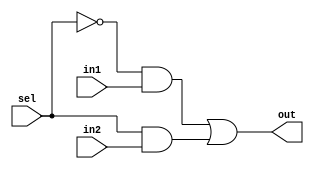
// ID: 2017A7PS0080P
// Name: VISHAL MITTAL

`timescale 1ms/1ns

module MUX_2x1(sel, in1, in2, out);
	input sel, in1, in2;
	output out;
	
	assign out = (~sel & in1) | (sel & in2);
	
endmodule


module MUX_8x1(sel, in, out);
	input[2:0] sel;
	input[7:0] in;
	output out;
	
	assign out = (sel[2] ? (sel[1] ? (sel[0] ? in[7] : in[6]) : (sel[0] ? in[5] : in[4])) : (sel[1] ? (sel[0] ? in[3] : in[2]) : (sel[0] ? in[1] : in[0])));
	
endmodule 


module MUX_ARRAY(F, C, E);
	input[7:0] F, C;
	output[7:0] E;
		
	genvar j;
	
	generate for(j = 0; j < 8; j = j+1)
		begin: mux_loop
			MUX_2x1 M2(F[j], C[j], 1'b0, E[j]);
		end
	endgenerate
	
endmodule


module COUNTER_3BIT(Q, clock, clear);
	output [2:0] Q;
	input clock, clear;

	reg [2:0] Q;
	
	initial
		Q = 3'b0;
	
	always @(posedge clock or posedge clear)
		begin
			if(clear)
				Q = 3'b0;
			else
				Q = (Q + 1) % 8;
		end
		
endmodule


module DECODER(EN, A, B);
	input EN;
	input[2:0] A;
	output[7:0] B;
	
	reg[7:0] B;
	
	always @(A)
		begin
			if(EN == 0)
				B = 8'b00000000;
			else
				begin
					case(A)
						3'b000: B = 8'b00000001;
						3'b001: B = 8'b00000010;
						3'b010: B = 8'b00000100;
						3'b011: B = 8'b00001000;
						3'b100: B = 8'b00010000;
						3'b101: B = 8'b00100000;
						3'b110: B = 8'b01000000;
						3'b111: B = 8'b10000000;
					endcase
				
				end
		end
		
endmodule


module MEMORY(S, G);
	input[2:0] S;
	output[7:0] G;
	reg[7:0] mem[0:7];
	
	reg[7:0] G;
	
	//Initialize the memory
	initial
	begin
		 mem[0] = 8'b00000001;  //2'h01;
		 mem[1] = 8'b00000011;  //2'h03;
		 mem[2] = 8'b00000111;  //2'h07;
		 mem[3] = 8'b00001111;  //2'h0F;
		 mem[4] = 8'b00011111;  //2'h1F;
		 mem[5] = 8'b00111111;  //2'h3F;
		 mem[6] = 8'b01111111;  //2'h7F;
		 mem[7] = 8'b11111111;  //2'hFF;
	end
	
	always @(S)
		begin
			case(S)
				3'b000: G = mem[0];
				3'b001: G = mem[1];
				3'b010: G = mem[2];
				3'b011: G = mem[3];
				3'b100: G = mem[4];
				3'b101: G = mem[5];
				3'b110: G = mem[6];
				3'b111: G = mem[7];
			endcase
		
		end
	
endmodule


module TOP_MODULE(clock, clear, S, EN, OUT);
	input clock, clear, EN;
	input[2:0] S;
	output OUT;
	
	wire[2:0] Q;
	wire[7:0] B, G, E;
	
	MUX_8x1 M8(Q, E, OUT);
	MUX_ARRAY MA(G, B, E);
	COUNTER_3BIT CNTR3(Q, clock, clear);
	DECODER DEC(EN, Q, B);
	MEMORY MEM(S, G);
	
endmodule



module TESTBENCH;

	initial	
	begin
		$dumpfile("2017A7PS0080P.vcd");
		$dumpvars;
	end
	
	reg clock, clear, EN;
	reg[2:0] S;
	wire OUT;
	
	TOP_MODULE TM(clock, clear, S, EN, OUT);
	
	initial
		clock = 1'b0;
	
	always
		#0.5 clock <= ~clock;
	
	initial
		begin
			$monitor($time, " S = %b, Clear = %b, Output = %b", S, clear, OUT);
			clear = 1'b1;  //clear the counter
			EN = 1;
			S = 3'b000;
			#2 clear = 1'b0;  
			#8 S = 3'b001;
			#8 S = 3'b010;
			#8 S = 3'b011;
			#8 S = 3'b100;
			#8 S = 3'b101;
			#8 S = 3'b110;
			#8 S = 3'b111;
			#8 $finish;			
		end
	
endmodule